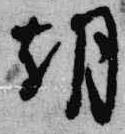
朝